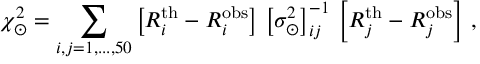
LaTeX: \chi _ { \odot } ^ { 2 } = \sum _ { i , j = 1 , . . . , 5 0 } \left[ R _ { i } ^ { \mathrm { t h } } - R _ { i } ^ { \mathrm { o b s } } \right] \, \left[ \sigma _ { \odot } ^ { 2 } \right] _ { i j } ^ { - 1 } \, \left[ R _ { j } ^ { \mathrm { t h } } - R _ { j } ^ { \mathrm { o b s } } \right] \, ,